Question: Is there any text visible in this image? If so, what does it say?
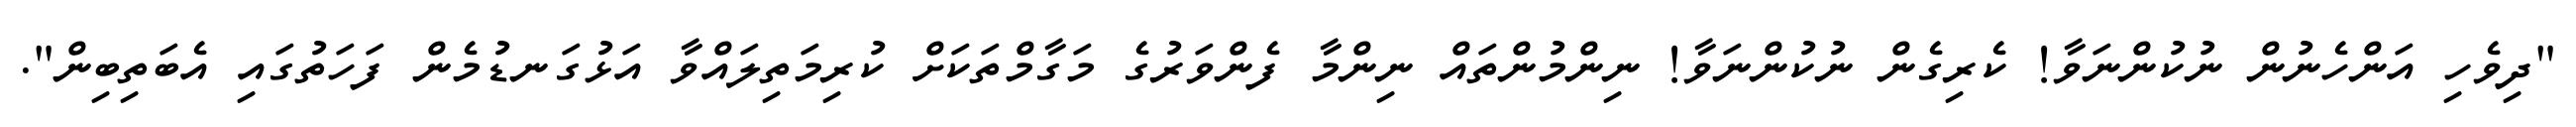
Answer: "ދިވެހި އަންހެނުން ނުކުންނަވާ! ކެރިގެން ނުކުންނަވާ! ނިންމުންތައް ނިންމާ ފެންވަރުގެ މަގާމްތަކަށް ކުރިމަތިލައްވާ އަޅުގަނޑުމެން ފަހަތުގައި އެބަތިބިން".